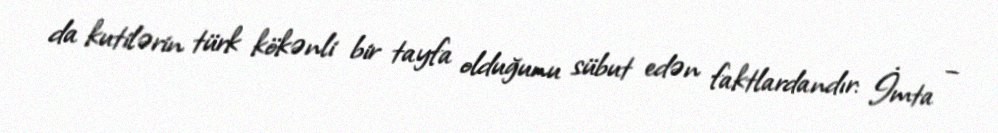
da kutilərin türk kökənli bir tayfa olduğunu sübut edən faktlardandır: İmta –